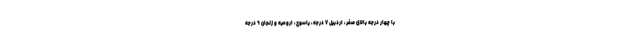
با چهار درجه بالای صفر، اردبیل ۷ درجه، یاسوج، ارومیه و زنجان ۹ درجه